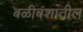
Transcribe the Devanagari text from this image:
बळीवंशातील